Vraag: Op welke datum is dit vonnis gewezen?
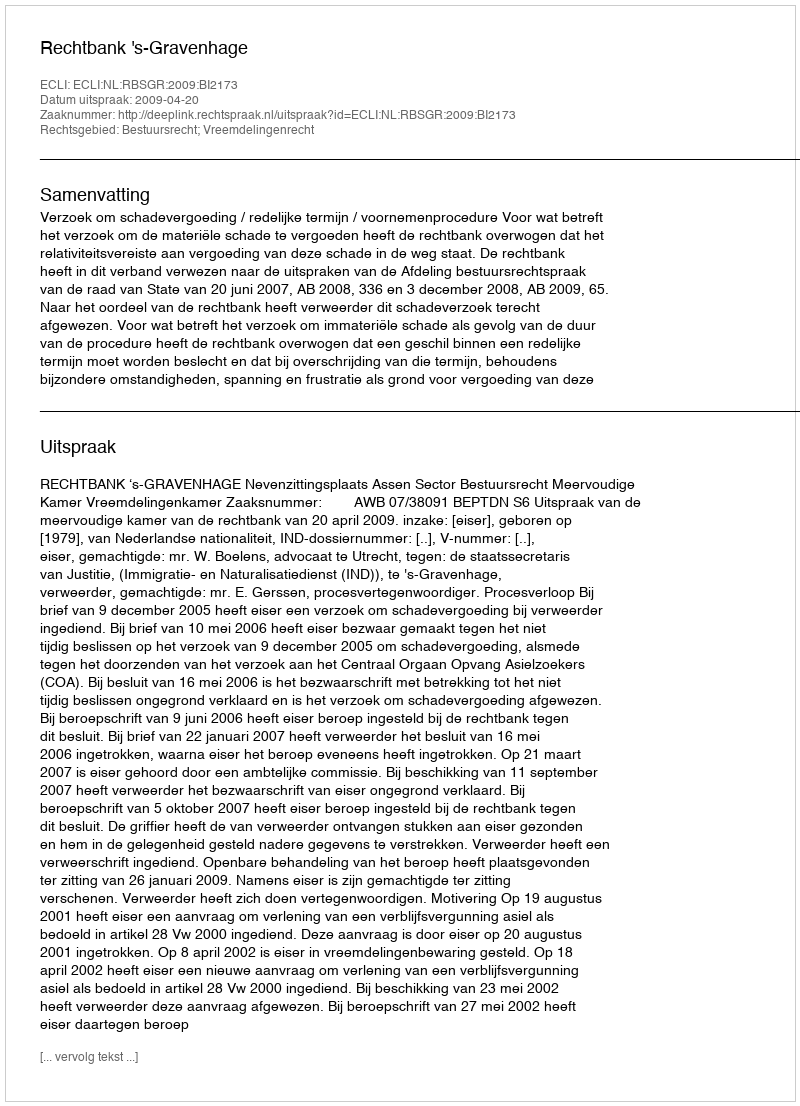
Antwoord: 2009-04-20